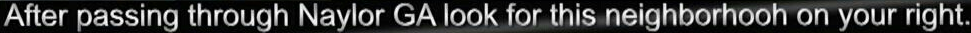
After passing through Naylor GA look for this neighborhooh on your right.